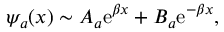
\psi _ { a } ( x ) \sim A _ { a } \mathrm { e } ^ { \beta x } + B _ { a } \mathrm { e } ^ { - \beta x } ,